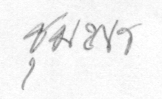
ชุมพร